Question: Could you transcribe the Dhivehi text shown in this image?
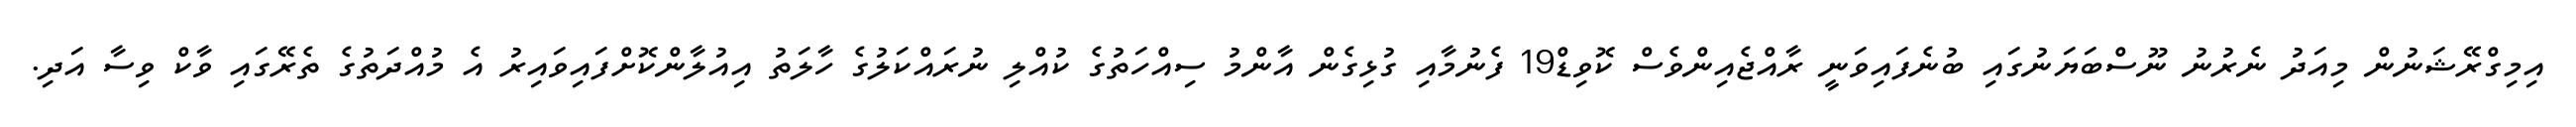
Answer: އިމިގްރޭޝަނުން މިއަދު ނެރުނު ނޫސްބަޔަނުގައި ބުނެފައިވަނީ ރާއްޖެއިންވެސް ކޮވިޑް19 ފެނުމާއި ގުޅިގެން އާންމު ސިއްހަތުގެ ކުއްލި ނުރައްކަލުގެ ހާލަތު އިއުލާންކޮށްފައިވައިރު އެ މުއްދަތުގެ ތެރޭގައި ވާކް ވިސާ އަދި.